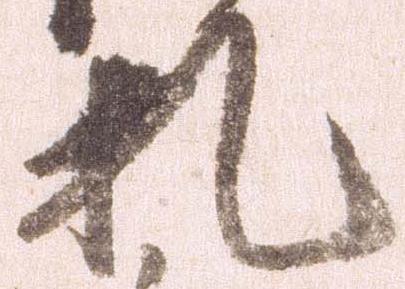
札